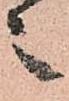
之